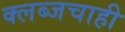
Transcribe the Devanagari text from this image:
क्लब्जचाही